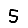
Digit: 5